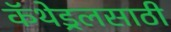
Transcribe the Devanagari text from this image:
कॅथेड्रलसाठी